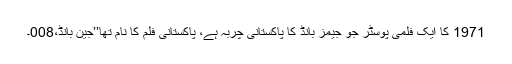
1971 کا ایک فلمی پوسٹر جو جیمز بانڈ کا پاکستانی چربہ ہے، پاکستانی فلم کا نام تھا’’جین بانڈ،008۔